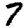
Digit: 7